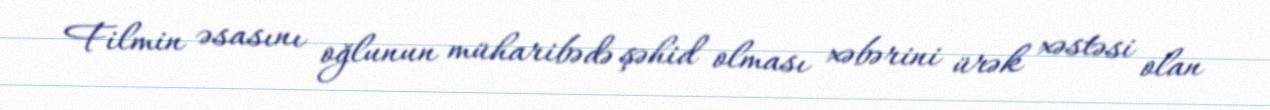
Filmin əsasını oğlunun müharibədə şəhid olması xəbərini ürək xəstəsi olan